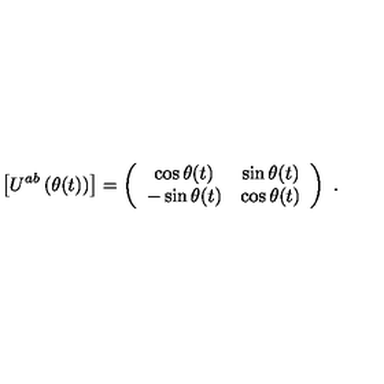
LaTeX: \left[ U ^ { a b } \left( \theta ( t ) \right) \right] = \left( \begin{array} { c c } { \cos \theta ( t ) } & { \sin \theta ( t ) } \\ { - \sin \theta ( t ) } & { \cos \theta ( t ) } \\ \end{array} \right) \ .